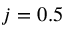
j = 0 . 5